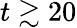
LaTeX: t\gtrsim 20